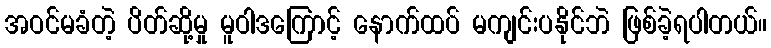
အဝင်မခံတဲ့ ပိတ်ဆို့မှု မူဝါဒကြောင့် နောက်ထပ် မကျင်းပနိုင်ဘဲ ဖြစ်ခဲ့ရပါတယ်။